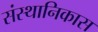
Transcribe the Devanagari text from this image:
संस्थानिकास